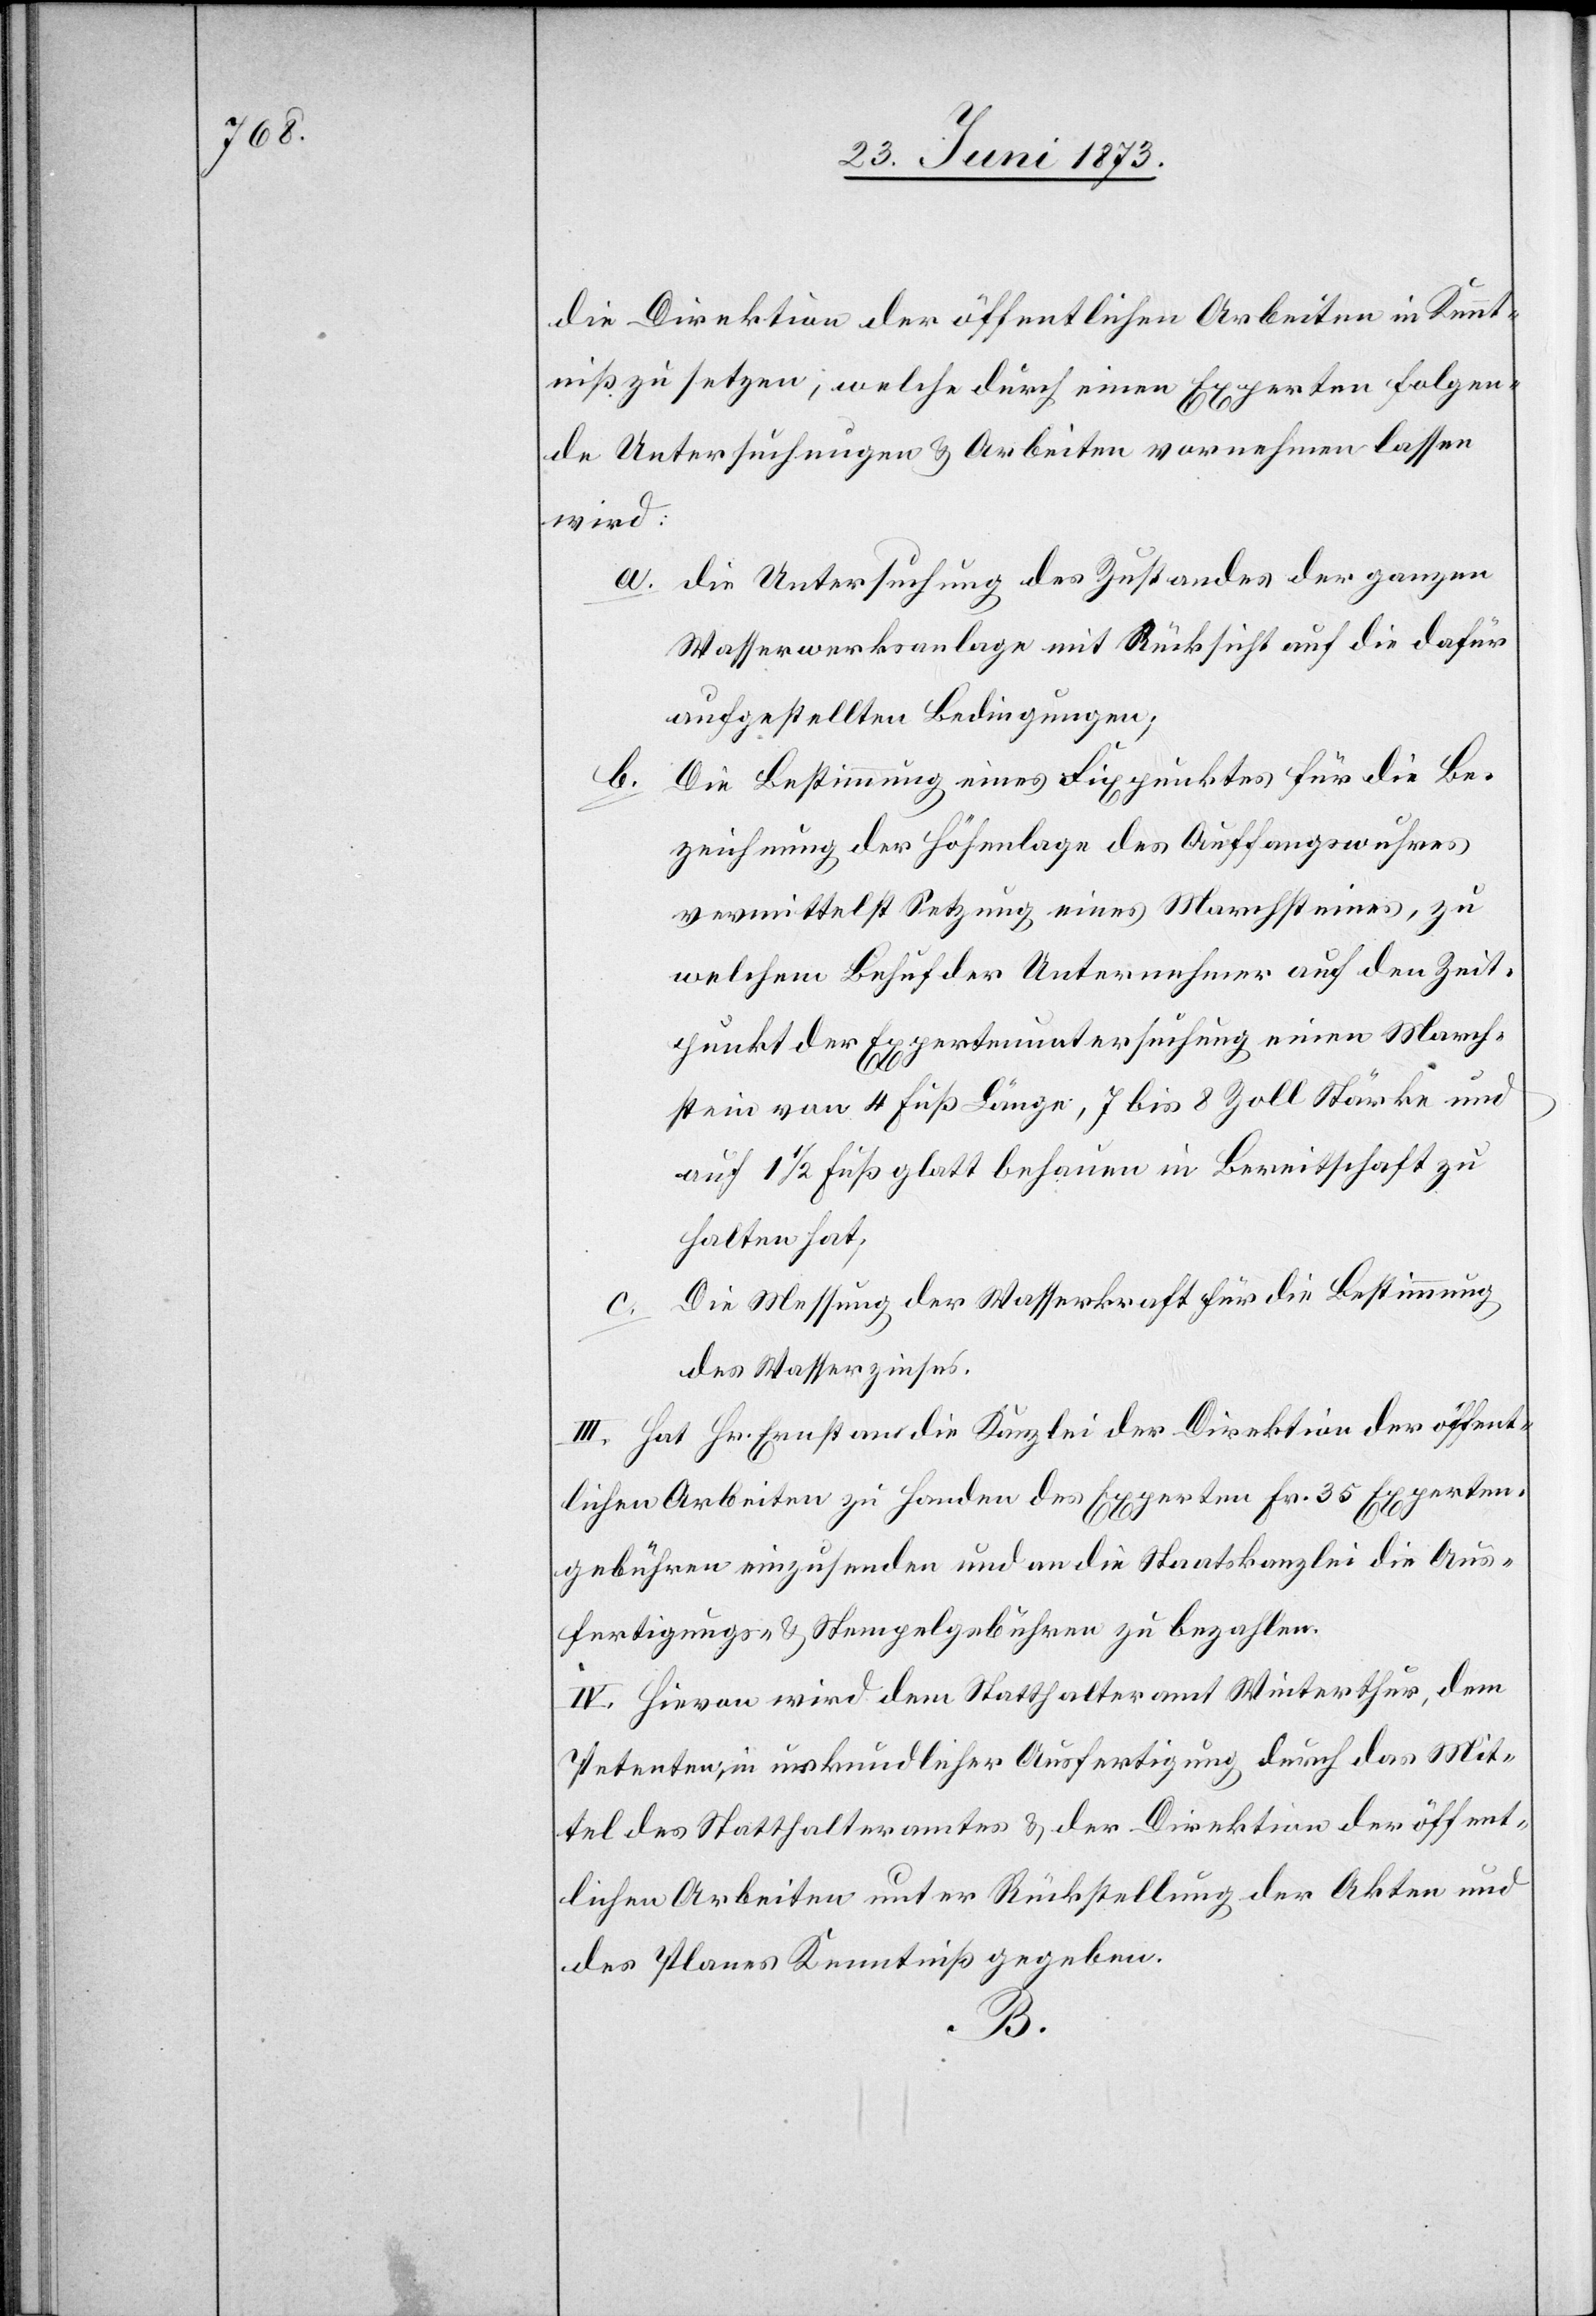
die Direktion der öffentlichen Arbeiten in Kennt¬
niß zu setzen; welche durch einen Experten folgen¬
de Untersuchungen & Arbeiten vornehmen lassen
wird:
a. die Untersuchung des Zustandes der ganzen
Wasserwerksanlage mit Rücksicht auf die dafür
aufgestellten Bedingungen;
b. Die Bestimmung eines Fixpunktes für die Be¬
zeichnung der Höhenlage des Auffangswuhres
vermittelst Setzung eines Marchsteines, zu
welchem Behuf der Unternehmer auf den Zeit¬
punkt der Expertenuntersuchung einen March¬
stein von 4 Fuß Länge, 7 bis 8 Zoll Stärke und
auf 1 1/2 Fuß glatt behauen in Bereitschaft zu
halten hat;
Die Messung der Wasserkraft für die Bestimmung
des Wasserzinses.
III. Hat Hr. Ernst an die Kanzlei der Direktion der öffent¬
lichen Arbeiten zu Handen des Experten Fr. 35 Experten¬
gebühren einzusenden und an die Staatskanzlei die Aus¬
fertigungs- & Stempelgebühren zu bezahlen.
IV. Hievon wird dem Statthalteramt Winterthur, dem
Petenten, in urkundlicher Ausfertigung durch das Mit¬
tel des Statthalteramtes & der Direktion der öffent¬
lichen Arbeiten unter Rückstellung der Akten und
des Planes Kenntniß gegeben.
B.